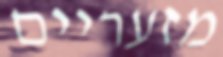
מזעריים